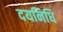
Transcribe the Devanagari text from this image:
दयनिधि